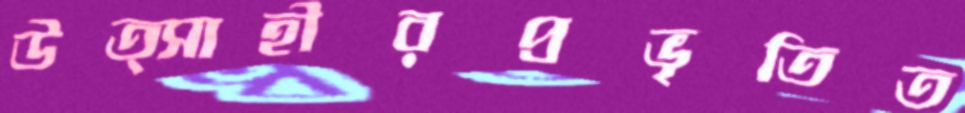
উত্সাহীরপ্রভৃতিত